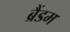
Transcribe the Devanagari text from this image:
ब्रैंडम